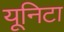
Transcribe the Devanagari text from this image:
यूनिटा